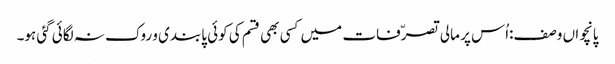
پانچواں وصف:اُس پر مالی تصرّفات میں کسی بھی قسم کی کوئی پابندی و روک نہ لگائی گئی ہو۔